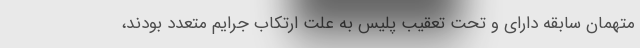
متهمان سابقه دارای و تحت تعقیب پلیس به علت ارتکاب جرایم متعدد بودند،